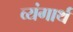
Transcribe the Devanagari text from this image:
व्यंगार्थ